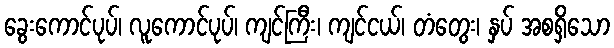
ခွေးကောင်ပုပ်၊ လူကောင်ပုပ်၊ ကျင်ကြီး၊ ကျင်ငယ်၊ တံတွေး၊ နှပ် အစရှိသော